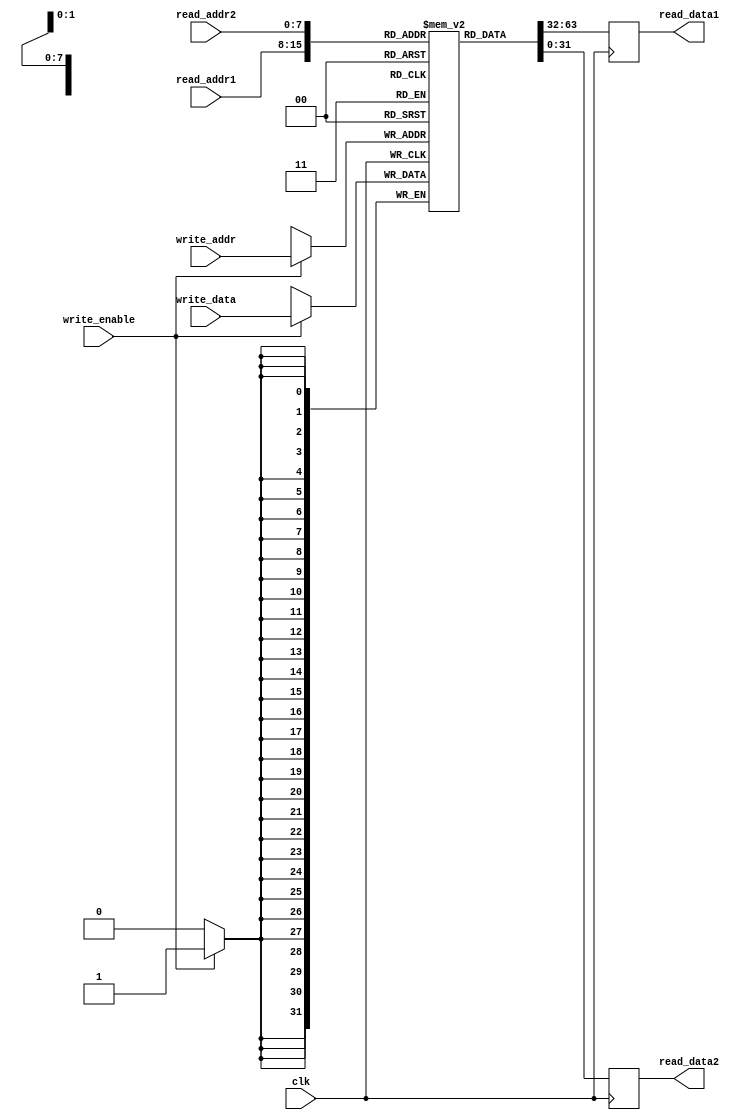
module multi_port_register_file (
  input wire clk,
  input wire [7:0] read_addr1,
  input wire [7:0] read_addr2,
  input wire [7:0] write_addr,
  input wire [31:0] write_data,
  input wire write_enable,
  output reg [31:0] read_data1,
  output reg [31:0] read_data2
);

reg [31:0] mem[0:255];

always @(posedge clk) begin
  if(write_enable) begin
    mem[write_addr] <= write_data;
  end
  read_data1 <= mem[read_addr1];
  read_data2 <= mem[read_addr2];
  
end

endmodule